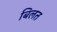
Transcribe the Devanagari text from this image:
बिलत